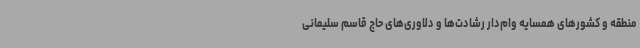
منطقه و کشورهای همسایه وام‌دار رشادت‌ها و دلاوری‌های حاج قاسم سلیمانی